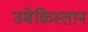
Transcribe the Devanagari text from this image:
उबेकिस्तान